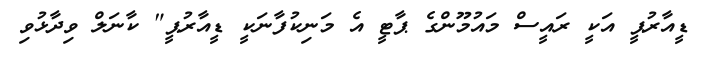
ޑީއާރުޕީ އަކީ ރައީސް މައުމޫންގެ ޕާޓީ އެ މަނިކުފާނަކީ ޑީއާރުޕީ" ކާނަލް ވިދާޅުވި